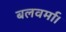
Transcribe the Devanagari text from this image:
बलवर्मा।